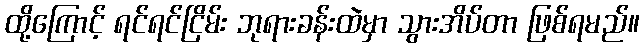
ထို့ကြောင့် ရင်ရင်ငြိမ်း ဘုရားခန်းထဲမှာ သွားအိပ်တာ ဖြစ်ရမည်။